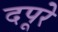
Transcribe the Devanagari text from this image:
दपूरे